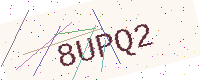
Text: 8UPQ2